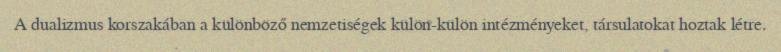
A dualizmus korszakában a különböző nemzetiségek külön-külön intézményeket, társulatokat hoztak létre.